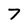
Character: 7